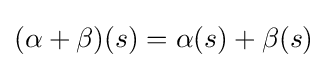
(\alpha +\beta )(s)=\alpha (s)+\beta (s)